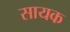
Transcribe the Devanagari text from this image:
सायक